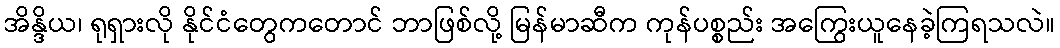
အိန္ဒိယ၊ ရုရှားလို နိုင်ငံတွေကတောင် ဘာဖြစ်လို့ မြန်မာဆီက ကုန်ပစ္စည်း အကြွေးယူနေခဲ့ကြရသလဲ။